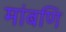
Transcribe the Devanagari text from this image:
मांबणि